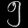
Digit: ၅